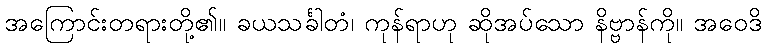
အကြောင်းတရားတို့၏။ ခယသင်္ခါတံ၊ ကုန်ရာဟု ဆိုအပ်သော နိဗ္ဗာန်ကို။ အဝေဒိ